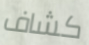
كشاف